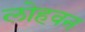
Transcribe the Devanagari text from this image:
लोहवन